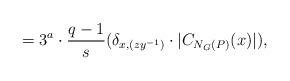
LaTeX: \begin{align*}= 3^a\cdot \frac{q-1}{s}(\delta_{x,(zy^{-1})}\cdot |C_{N_G(P)}(x)|),\end{align*}